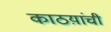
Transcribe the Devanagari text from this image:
काठय़ांची